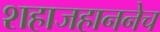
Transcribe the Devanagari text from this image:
शहाजहाननेच